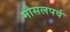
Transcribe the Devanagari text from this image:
मौसलपर्व